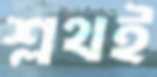
শ্লথই